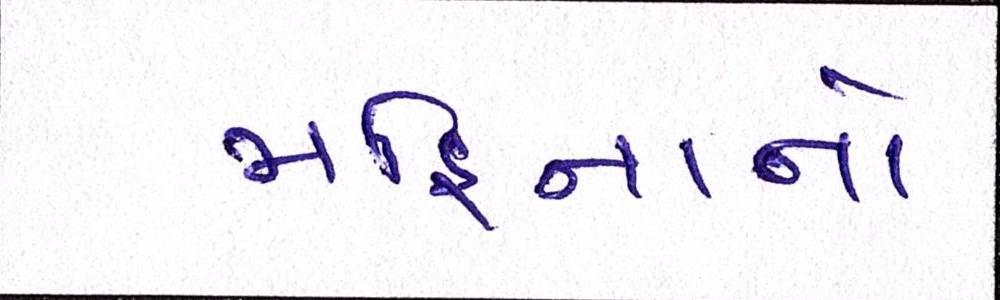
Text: મહિનાનો